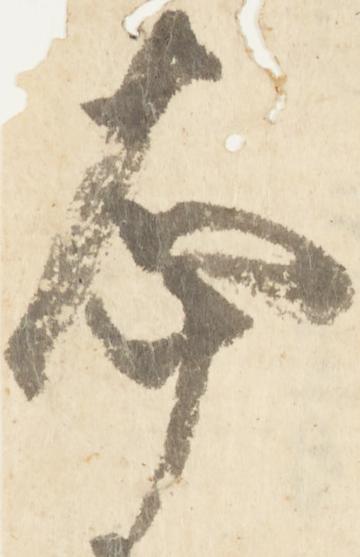
本